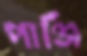
পাঞ্জি